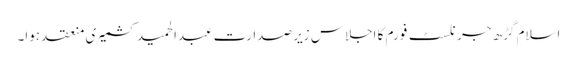
اسلام گڑھ جرنلسٹ فورم کا اجلاس زیر صدارت عبدالحمید کشمیری منعقد ہوا۔